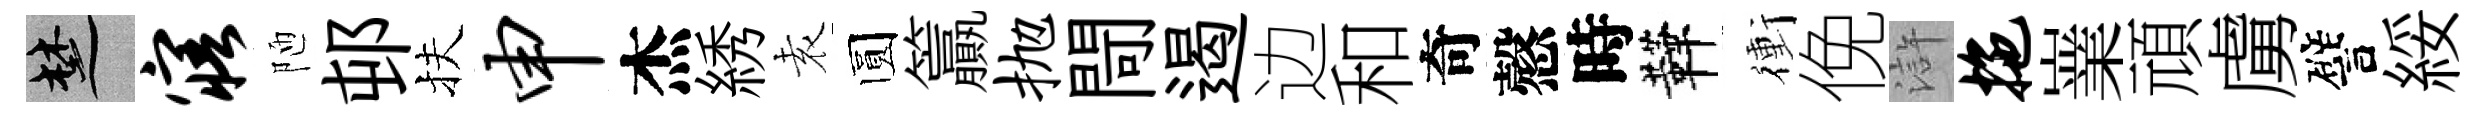
楚寤陋邨扶申杰綉𡊮圆籯抛閜遏边和奇慤時鞾衝俛滸拖嶪頑虜譬綏